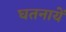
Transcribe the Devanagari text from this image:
घतनायें